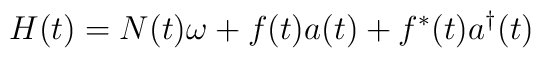
H(t) = N(t) \omega + f(t) a(t) + f^*(t) a^{\dagger}(t)